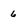
Character: 6